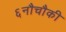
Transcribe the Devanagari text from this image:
६नौचौकी